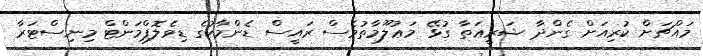
މައްޗަށް ކުރިއަށް ގެންދާ ޝަރީޢަތާ ގުޅޭ މަޢުލޫމާތުވެސް ރައީސް ޑެންމާކުގެ ޑިވެލޮޕްމަންޓް މިނިސްޓަރާ